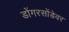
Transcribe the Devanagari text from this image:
डोंगरसोंडेवर